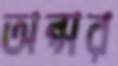
অপ্সর